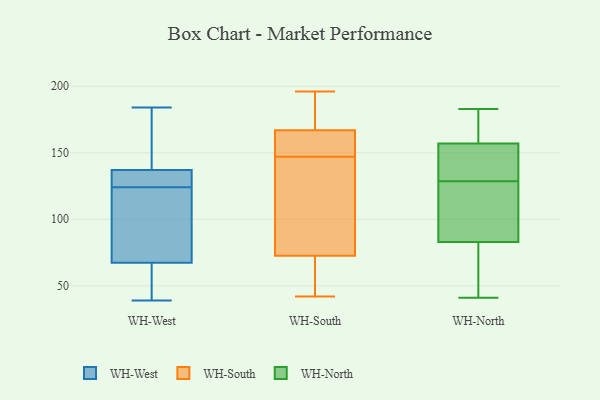
{"axis": {"x": "Page Views", "y": "Value"}, "legend": ["WH-North", "WH-South", "WH-West"], "data": [{"x": "", "y": 39, "type": "WH-West"}, {"x": "", "y": 95, "type": "WH-West"}, {"x": "", "y": 132, "type": "WH-West"}, {"x": "", "y": 125, "type": "WH-West"}, {"x": "", "y": 53, "type": "WH-West"}, {"x": "", "y": 151, "type": "WH-West"}, {"x": "", "y": 91, "type": "WH-West"}, {"x": "", "y": 184, "type": "WH-West"}, {"x": "", "y": 102, "type": "WH-West"}, {"x": "", "y": 136, "type": "WH-West"}, {"x": "", "y": 129, "type": "WH-West"}, {"x": "", "y": 124, "type": "WH-West"}, {"x": "", "y": 56, "type": "WH-West"}, {"x": "", "y": 71, "type": "WH-West"}, {"x": "", "y": 41, "type": "WH-West"}, {"x": "", "y": 148, "type": "WH-West"}, {"x": "", "y": 140, "type": "WH-West"}, {"x": "", "y": 154, "type": "WH-South"}, {"x": "", "y": 49, "type": "WH-South"}, {"x": "", "y": 177, "type": "WH-South"}, {"x": "", "y": 171, "type": "WH-South"}, {"x": "", "y": 140, "type": "WH-South"}, {"x": "", "y": 196, "type": "WH-South"}, {"x": "", "y": 57, "type": "WH-South"}, {"x": "", "y": 119, "type": "WH-South"}, {"x": "", "y": 42, "type": "WH-South"}, {"x": "", "y": 147, "type": "WH-South"}, {"x": "", "y": 155, "type": "WH-South"}, {"x": "", "y": 138, "type": "WH-North"}, {"x": "", "y": 41, "type": "WH-North"}, {"x": "", "y": 112, "type": "WH-North"}, {"x": "", "y": 153, "type": "WH-North"}, {"x": "", "y": 183, "type": "WH-North"}, {"x": "", "y": 84, "type": "WH-North"}, {"x": "", "y": 122, "type": "WH-North"}, {"x": "", "y": 179, "type": "WH-North"}, {"x": "", "y": 82, "type": "WH-North"}, {"x": "", "y": 161, "type": "WH-North"}, {"x": "", "y": 135, "type": "WH-North"}, {"x": "", "y": 60, "type": "WH-North"}]}